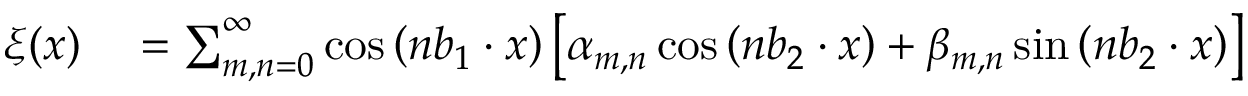
\begin{array} { r l } { \xi ( { \boldsymbol x } ) } & { { } = \sum _ { m , n = 0 } ^ { \infty } \cos \left( n { \boldsymbol b _ { 1 } } \cdot { \boldsymbol x } \right) \left[ \alpha _ { m , n } \cos \left( n { \boldsymbol b _ { 2 } } \cdot { \boldsymbol x } \right) + \beta _ { m , n } \sin \left( n { \boldsymbol b _ { 2 } } \cdot { \boldsymbol x } \right) \right] } \end{array}